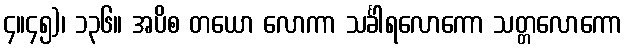
၄။၄၅)၊ ၁၃၆။ အပိစ တယော လောကာ သင်္ခါရလောကော သတ္တလောကော